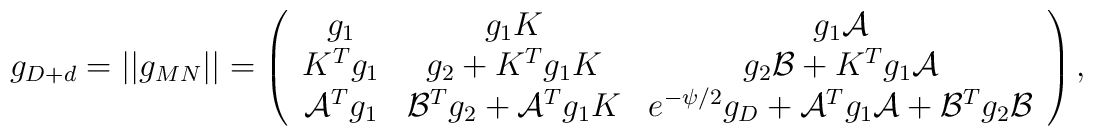
g_{D+d} = ||g_{MN}|| = \left( \begin{array}{ccc}  g_1          & g_1 K           & g_1{\cal A} \\  K^T g_1      & g_2 + K^T g_1 K & g_2{\cal B}+K^T g_1{\cal A}\\  {\cal A}^T g_1 & {\cal B}^T g_2 + {\cal A}^T g_1 K    & e^{-\psi/2} g_D + {\cal A}^T g_1{\cal A}      + {\cal B}^T g_2{\cal B}  \end{array} \right),